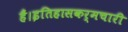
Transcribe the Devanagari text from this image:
हैं।इतिहासकर्मचारी